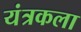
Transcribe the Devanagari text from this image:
यंत्रकला